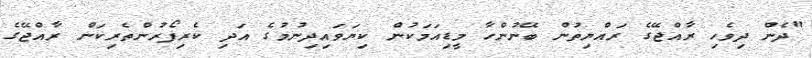
"ދެން ދިވެހި ރާއްޖޭގެ ރައްޔިތުން ބޭނުންހާ މީޑިއަމަކުން ކިޔަވައިދިނުމުގެ އަދި ކެރިފޯރުންތެރިކަން ރާއްޖޭގެ